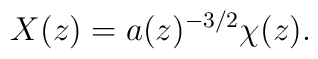
X(z) = a(z)^{-3/2} \chi(z).